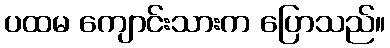
ပထမ ကျောင်းသားက ပြောသည်။